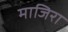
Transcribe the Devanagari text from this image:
माजिरा